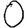
Digit: 0